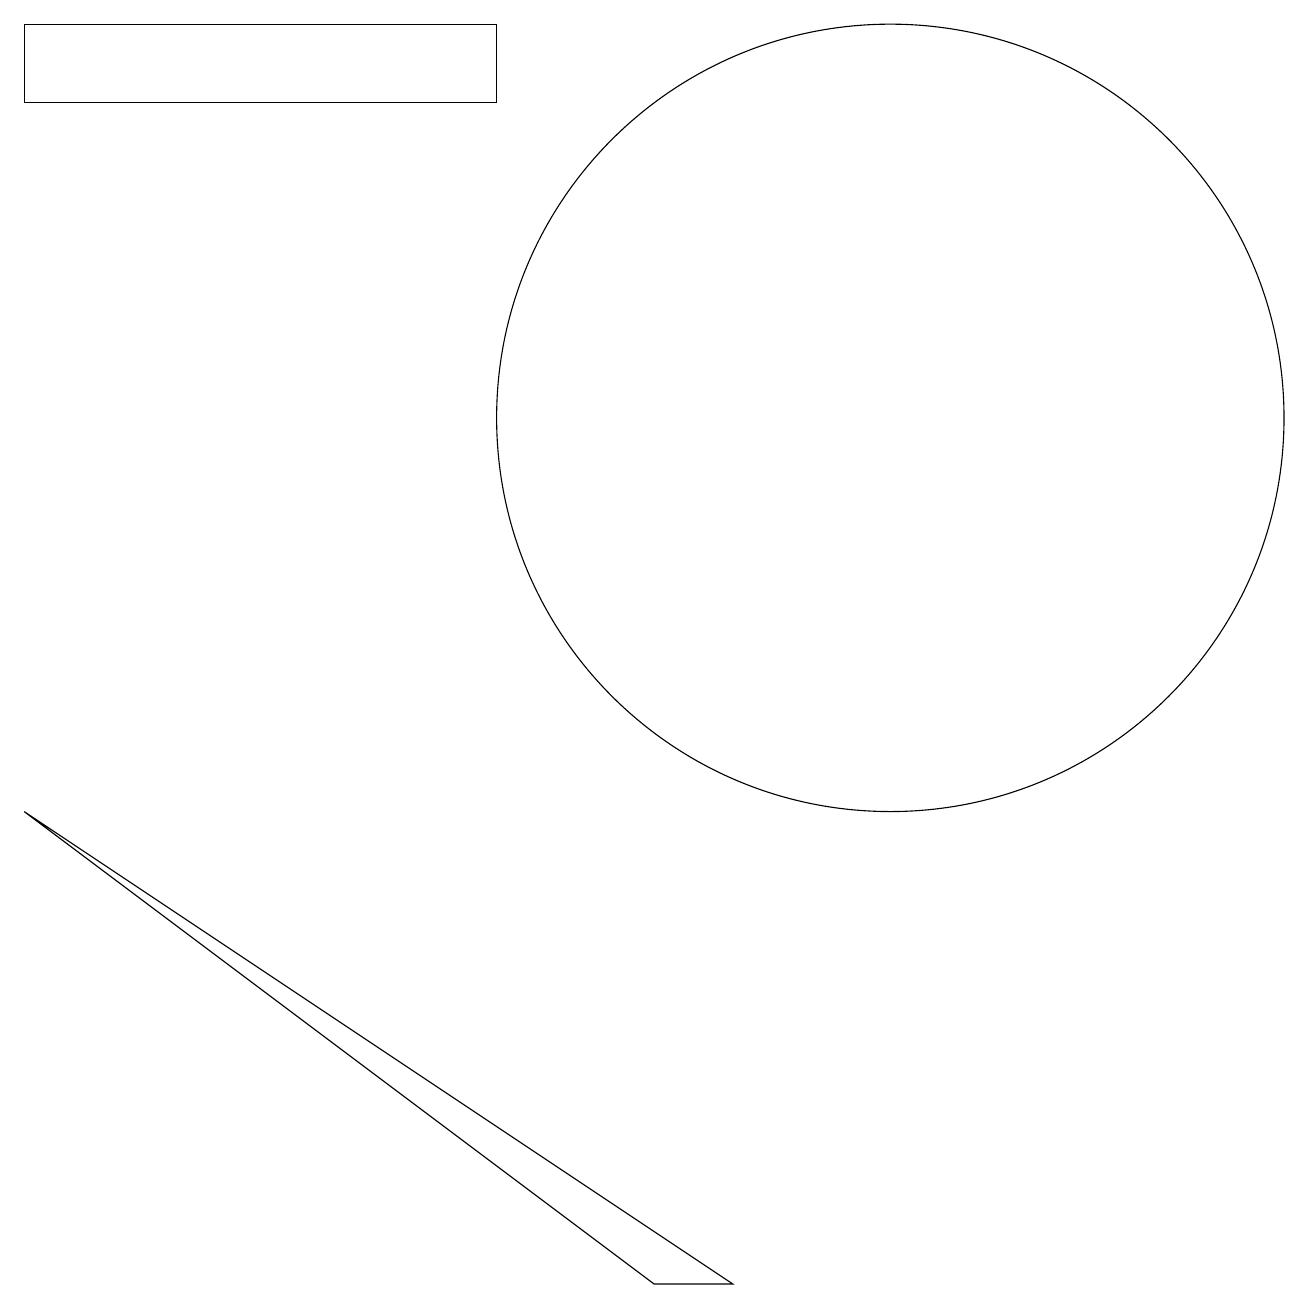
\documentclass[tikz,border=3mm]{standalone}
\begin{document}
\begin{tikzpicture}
\draw (9,0) -- (8,0) -- (0,6) -- cycle;
\draw (6,15) rectangle (0,16);
\draw (11,11) circle (5);
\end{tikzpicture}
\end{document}